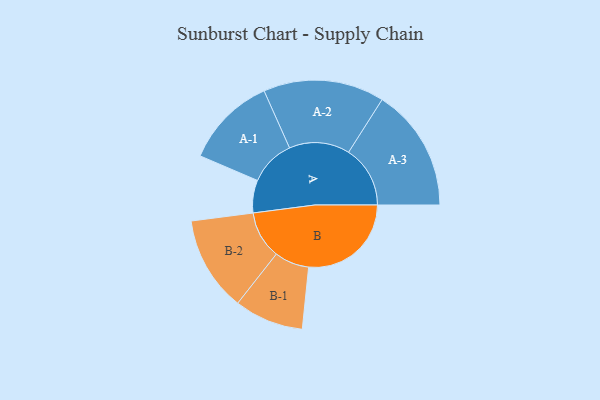
{"axis": {"x": "Segment", "y": "Value"}, "legend": ["", "A", "B"], "data": [{"x": "A", "y": 149, "type": ""}, {"x": "B", "y": 468, "type": ""}, {"x": "A-1", "y": 209, "type": "A"}, {"x": "A-2", "y": 276, "type": "A"}, {"x": "A-3", "y": 281, "type": "A"}, {"x": "B-1", "y": 158, "type": "B"}, {"x": "B-2", "y": 217, "type": "B"}]}